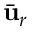
\bar { \ensuremath { \mathbf { u } } } _ { r }